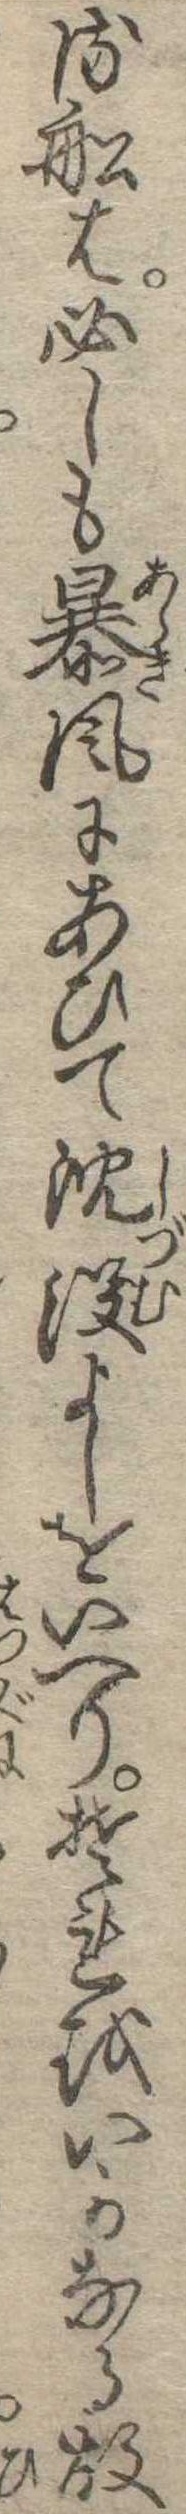
る船は必しも暴風にあひて沈没よしをいへりそれをいかなる故